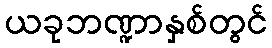
ယခုဘဏ္ဍာနှစ်တွင်